Document type: Sale
Year: 1461
Scribe: [Unknown]
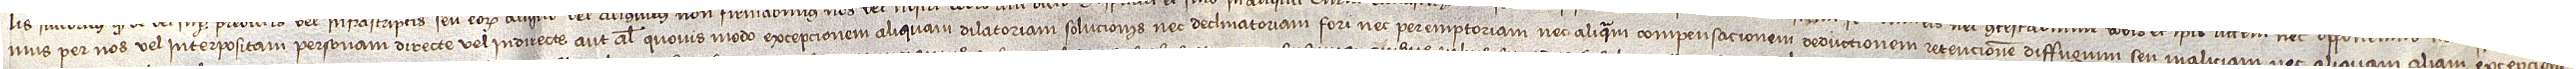
mus per nos vel interpositam personam, directe vel indirecte aut aliter quovis modo, excepcionem aliquam dilatoriam solucionis, nec declinatoriam fori, nec peremptoriam, nec aliquam compensacionem, deductionem, retencionem, diffugium seu maliciam, nec aliquam aliam excepcionem